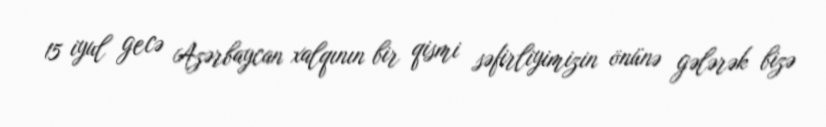
15 iyul gecə Azərbaycan xalqının bir qismi səfirliyimizin önünə gələrək bizə